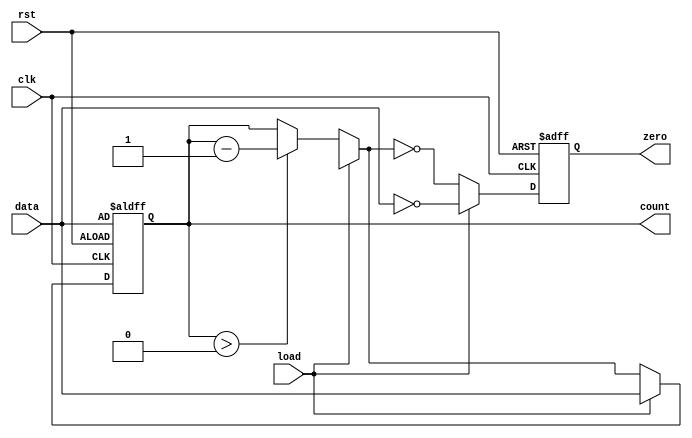
module MemoryBlocksDownCounter #(
    parameter COUNTER_WIDTH = 8  // Bit-width of the counter
)(
    input wire clk,               // Clock signal
    input wire rst,               // Asynchronous reset signal
    input wire load,              // Load control signal
    input wire [COUNTER_WIDTH-1:0] data, // Input data for loading the counter
    output reg [COUNTER_WIDTH-1:0] count, // Current count value
    output reg zero               // Zero flag
);

// Internal signals
reg [COUNTER_WIDTH-1:0] count_next;

// Asynchronous reset and synchronous load logic
always @(posedge clk or posedge rst) begin
    if (rst) begin
        count <= data;           // Reset to initial value specified by data
        zero <= 1'b0;           // Clear zero flag on reset
    end else begin
        if (load) begin
            count <= data;       // Load new value into counter
            zero <= (data == 0); // Set zero flag if loaded value is 0
        end else begin
            if (count > 0) begin
                count_next = count - 1; // Decrement count
            end else begin
                count_next = count;      // Maintain count at 0
            end
            count <= count_next;         // Update count
            zero <= (count_next == 0);   // Set zero flag if count reaches 0
        end
    end
end

endmodule